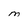
Character: M